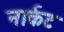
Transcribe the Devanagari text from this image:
नार्कट